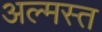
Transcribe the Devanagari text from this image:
अल्मस्त